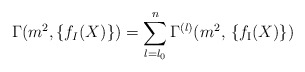
\begin{align*}\Gamma (m^2, \{ f_I (X) \}) = \sum_{l = l_0}^n \Gamma^{(l)} (m^2, \, \{ f_{\mbox{\scriptsize{I}}} (X) \} ) \end{align*}